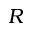
R